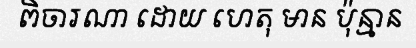
ពិចារណា ដោយ ហេតុ មាន ប៉ុន្មាន